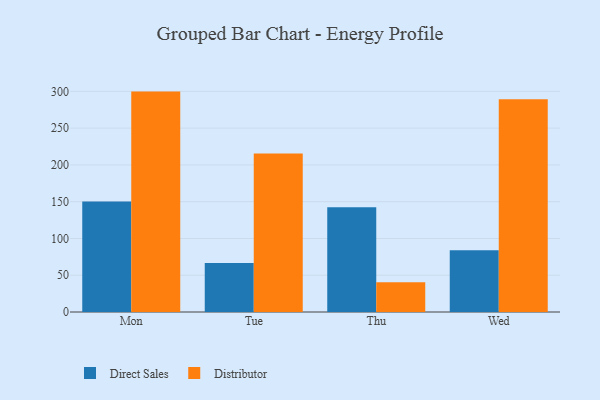
{"axis": {"x": "Day", "y": "Waste Production (Tons)"}, "legend": ["Direct Sales", "Distributor"], "data": [{"x": "Mon", "y": 150.1, "type": "Direct Sales"}, {"x": "Mon", "y": 299.7, "type": "Distributor"}, {"x": "Tue", "y": 66.6, "type": "Direct Sales"}, {"x": "Tue", "y": 215.5, "type": "Distributor"}, {"x": "Thu", "y": 142.3, "type": "Direct Sales"}, {"x": "Thu", "y": 40.6, "type": "Distributor"}, {"x": "Wed", "y": 84.1, "type": "Direct Sales"}, {"x": "Wed", "y": 289.4, "type": "Distributor"}]}